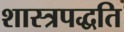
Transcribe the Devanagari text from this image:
शास्त्रपद्धति